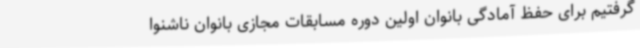
گرفتیم برای حفظ آمادگی بانوان اولین دوره مسابقات مجازی بانوان ناشنوا